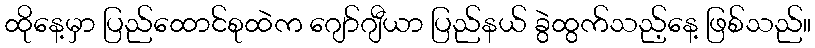
ထိုနေ့မှာ ပြည်ထောင်စုထဲက ဂျော်ဂျီယာ ပြည်နယ် ခွဲထွက်သည့်နေ့ ဖြစ်သည်။